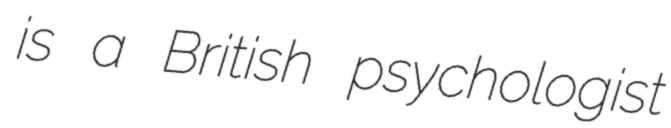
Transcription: is a British psychologist